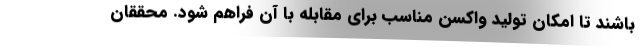
باشند تا امکان تولید واکسن مناسب برای مقابله با آن فراهم شود. محققان